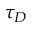
\tau _ { D }